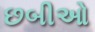
છબીઓ